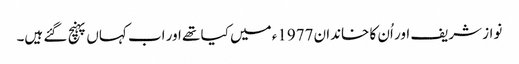
نواز شریف اور اُن کا خاندان 1977ء میں کیا تھے اور اب کہاں پہنچ گئے ہیں۔